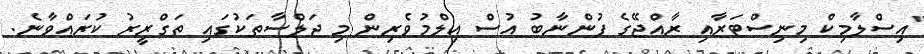
"އިސްލާމިކް މިނިސްޓަރާއި ރާއްޖޭގެ ފުންނާބު އުސް އިލްމުވެރިން މި ޖަލްސާތަކުގައި ތަގްރީރު ކުރައްވާނެ.